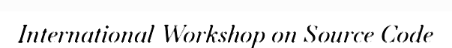
International Workshop on Source Code